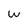
Character: w